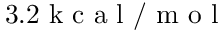
3 . 2 \mathrm { ~ k ~ c ~ a ~ l ~ } / \mathrm { ~ m ~ o ~ l ~ }